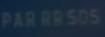
PARRR50S